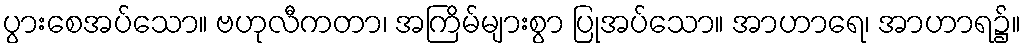
ပွားစေအပ်သော။ ဗဟုလီကတာ၊ အကြိမ်များစွာ ပြုအပ်သော။ အာဟာရေ၊ အာဟာရ၌။